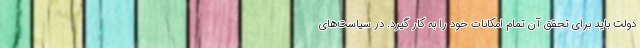
دولت باید برای تحقق آن تمام امکانات خود را به کار گیرد. در سیاست‌های